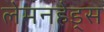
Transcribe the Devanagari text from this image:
लेमनहेड्स